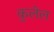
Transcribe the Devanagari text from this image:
कुलेल